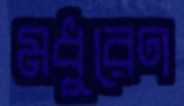
মধুরেণ